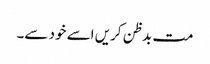
مت بدظن کریں اسے خود سے۔